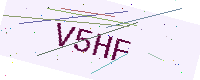
Text: V5HF